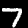
Digit: 7